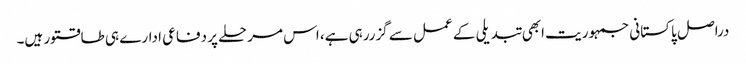
دراصل پاکستانی جمہوریت ابھی تبدیلی کے عمل سے گزررہی ہے، اس مرحلے پر دفاعی ادارے ہی طاقتور ہیں۔